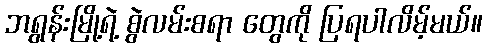
ဘရွန်းမြို့ရဲ့ စွဲလမ်းစရာ တွေကို ပြရပါလိမ့်မယ်။